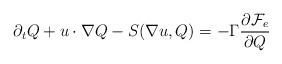
LaTeX: \begin{align*}\partial_t Q+u\cdot \nabla Q-S(\nabla u,Q)=-\Gamma \frac{\partial \mathcal{F}_e}{\partial Q}\end{align*}